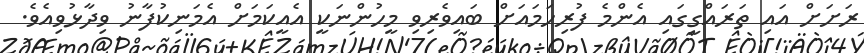
ރަށަށް އައި ތަރައްގީގައި އެންމެ ފުރިހަމައަށް ބައިވެރިވި މީހުންނަކީ އެއީކަމަށް އެމަނިކުފާނު ވިދާޅުވިއެވެ.